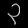
Digit: ၃